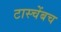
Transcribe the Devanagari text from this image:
टास्चेंबच